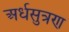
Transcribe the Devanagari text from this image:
अर्धसुत्रण